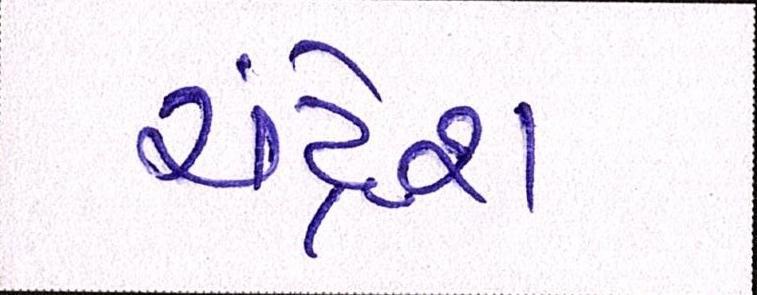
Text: ચંદ્રેશ